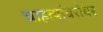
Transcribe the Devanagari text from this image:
चाहत्यांबरोबर